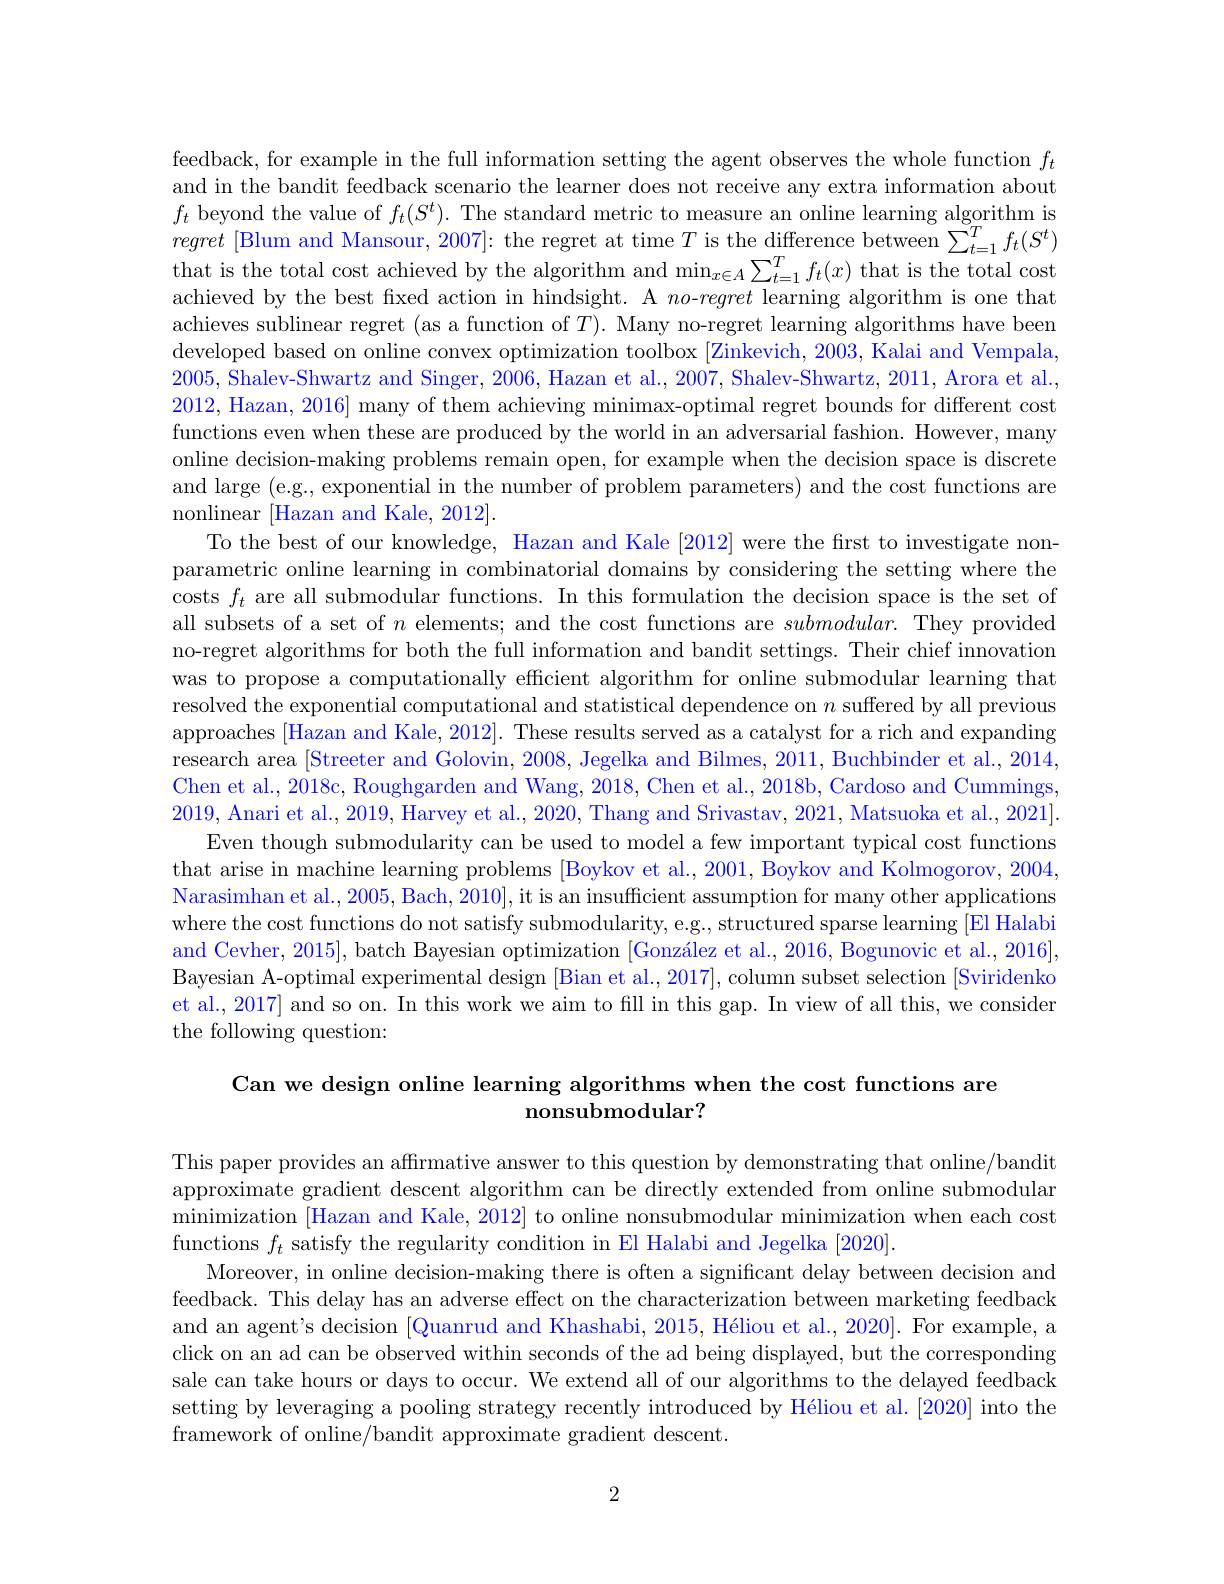
feedback, for example in the full information setting the agent observes the whole function $f_t$ and in the bandit feedback scenario the learner does not receive any extra information about $f_t$ beyond the value of $f_t(S^t).$ The standard metric to measure an online learning algorithm is regret [Blum and Mansour, 2007]: the regret at time $T$ is the difference between $\sum_t=1^Tf_t(S^t)$ that is the total cost achieved by the algorithm and $\min_{x\in A}\sum_{t=1}^Tf_t(x)$ that is the total cost achieved by the best fixed action in hindsight. A $no$-regret learning algorithm is one that achieves sublinear regret (as a function of $T).$ Many no-regret learning algorithms have been developed based on online convex optimization toolbox [Zinkevich, 2003, Kalai and Vempala, 2005, Shalev-Shwartz and Singer, 2006, Hazan et al., 2007, Shalev-Shwartz, 2011, Arora et al., 2012, Hazan, 2016] many of them achieving minimax-optimal regret bounds for different cost functions even when these are produced by the world in an adversarial fashion. However, many online decision-making problems remain open, for example when the decision space is discrete and large (e.g., exponential in the number of problem parameters) and the cost functions are nonlinear [Hazan and Kale, 2012].
To the best of our knowledge, Hazan and Kale [2012] were the first to investigate nonparametric online learning in combinatorial domains by considering the setting where the costs $f_t$ are all submodular functions. In this formulation the decision space is the set of all subsets of a set of $n$ elements; and the cost functions are $submodular.$ They provided no-regret algorithms for both the full information and bandit settings. Their chief innovation was to propose a computationally efficient algorithm for online submodular learning that resolved the exponential computational and statistical dependence on $n$ suffered by all previous approaches [Hazan and Kale, 2012]. These results served as a catalyst for a rich and expanding research area [Streeter and Golovin, 2008, Jegelka and Bilmes, 2011, Buchbinder et al., 2014, Chen et al., 2018c, Roughgarden and Wang, 2018, Chen et al., 2018b, Cardoso and Cummings, 2019, Anari et al., 2019, Harvey et al., 2020, Thang and Srivastav, 2021, Matsuoka et al., 2021].
Even though submodularity can be used to model a few important typical cost functions that arise in machine learning problems [Boykov et al., 2001, Boykov and Kolmogorov, 2004, Narasimhan et al., 2005, Bach, 2010], it is an insufficient assumption for many other applications where the cost functions do not satisfy submodularity, e.g., structured sparse learning [El Halabi and Cevher, 2015], batch Bayesian optimization $[ \text{Gonz\' {a}lezetal. , 2016, Bogunovicetal. , 2016}] $, Bayesian A-optimal experimental design [Bian et al., 2017], column subset selection [Sviridenko et al., 2017] and so on. In this work we aim to fill in this gap. In view of all this, we consider the following question:

## Can we design online learning algorithms when the cost functions are nonsubmodular?

This paper provides an affirmative answer to this question by demonstrating that online/bandit approximate gradient descent algorithm can be directly extended from online submodular minimization [Hazan and Kale, 2012] to online nonsubmodular minimization when each cost functions $f_t$ satisfy the regularity condition in El Halabi and Jegelka [2020].
Moreover, in online decision-making there is often a significant delay between decision and feedback. This delay has an adverse effect on the characterization between marketing feedback and an agent's decision [Quanrud and Khashabi, 2015, Héliou et al., 2020]. For example, a click on an ad can be observed within seconds of the ad being displayed, but the corresponding sale can take hours or days to occur. We extend all of our algorithms to the delayed feedback setting by leveraging a pooling strategy recently introduced by Héliou et al. [2020] into the framework of online/bandit approximate gradient descent.

2